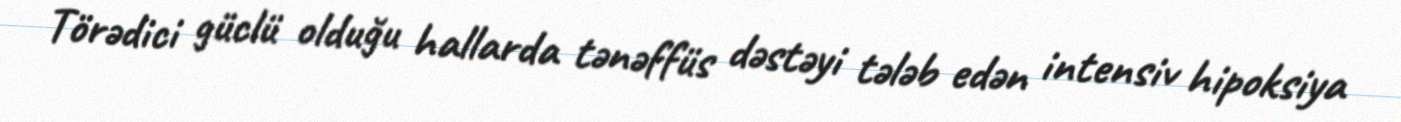
Törədici güclü olduğu hallarda tənəffüs dəstəyi tələb edən intensiv hipoksiya